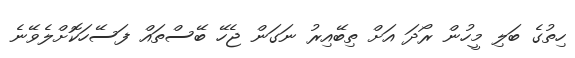
ހިތުގެ ބަލި މީހުން ރޯދަ އަށް ތިބޭއިރު ނަގަން ޖެހޭ ބޭސްތައް ފަސޭހަކޮށްލެވޭނެ